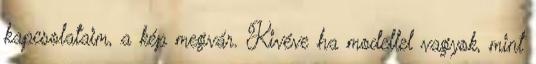
kapcsolataim, a kép megvár. Kivéve ha modellel vagyok, mint